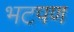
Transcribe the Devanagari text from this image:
भटपण